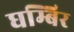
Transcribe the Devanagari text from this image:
घम्बिर